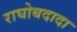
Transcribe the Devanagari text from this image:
राघोबदादा